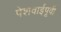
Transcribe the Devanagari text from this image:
पेशवाईपूर्वी